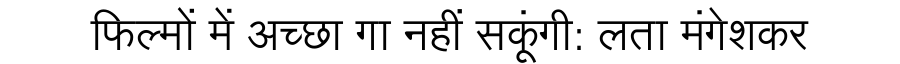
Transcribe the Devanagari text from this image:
फिल्मों में अच्छा गा नहीं सकूंगी: लता मंगेशकर